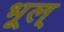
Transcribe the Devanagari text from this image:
भूल्